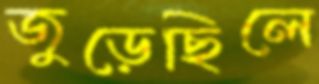
জুড়েছিলে